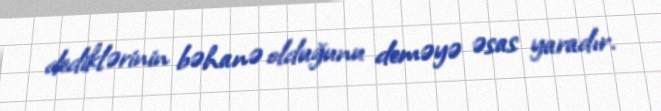
dediklərinin bəhanə olduğunu deməyə əsas yaradır.